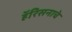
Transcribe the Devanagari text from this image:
हॅरिसनाचे